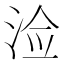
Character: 𰛲